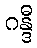
ဂန္ဒီ